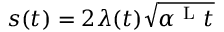
s ( t ) = 2 \lambda ( t ) \sqrt { \alpha ^ { \mathrm { ~ L ~ } } t }